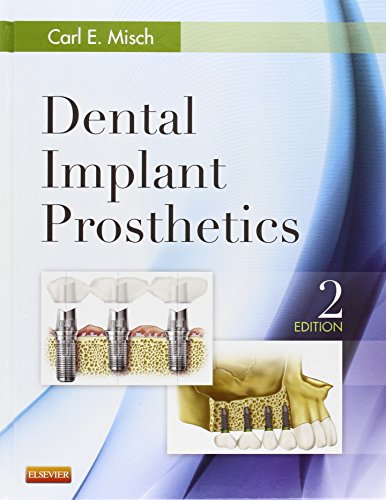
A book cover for Dental Implant Prosthetics, 2e; Carl E. Misch DDS  MDS  PHD(HC); Medical Books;